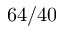
6 4 / 4 0